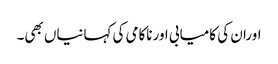
اوران کی کامیابی اورناکامی کی کہانیاں بھی۔